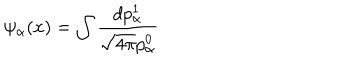
\psi _ { \alpha } ( x ) = \int \frac { d p _ { \alpha } ^ { 1 } } { \sqrt { 4 \pi } p _ { \alpha } ^ { 0 } }